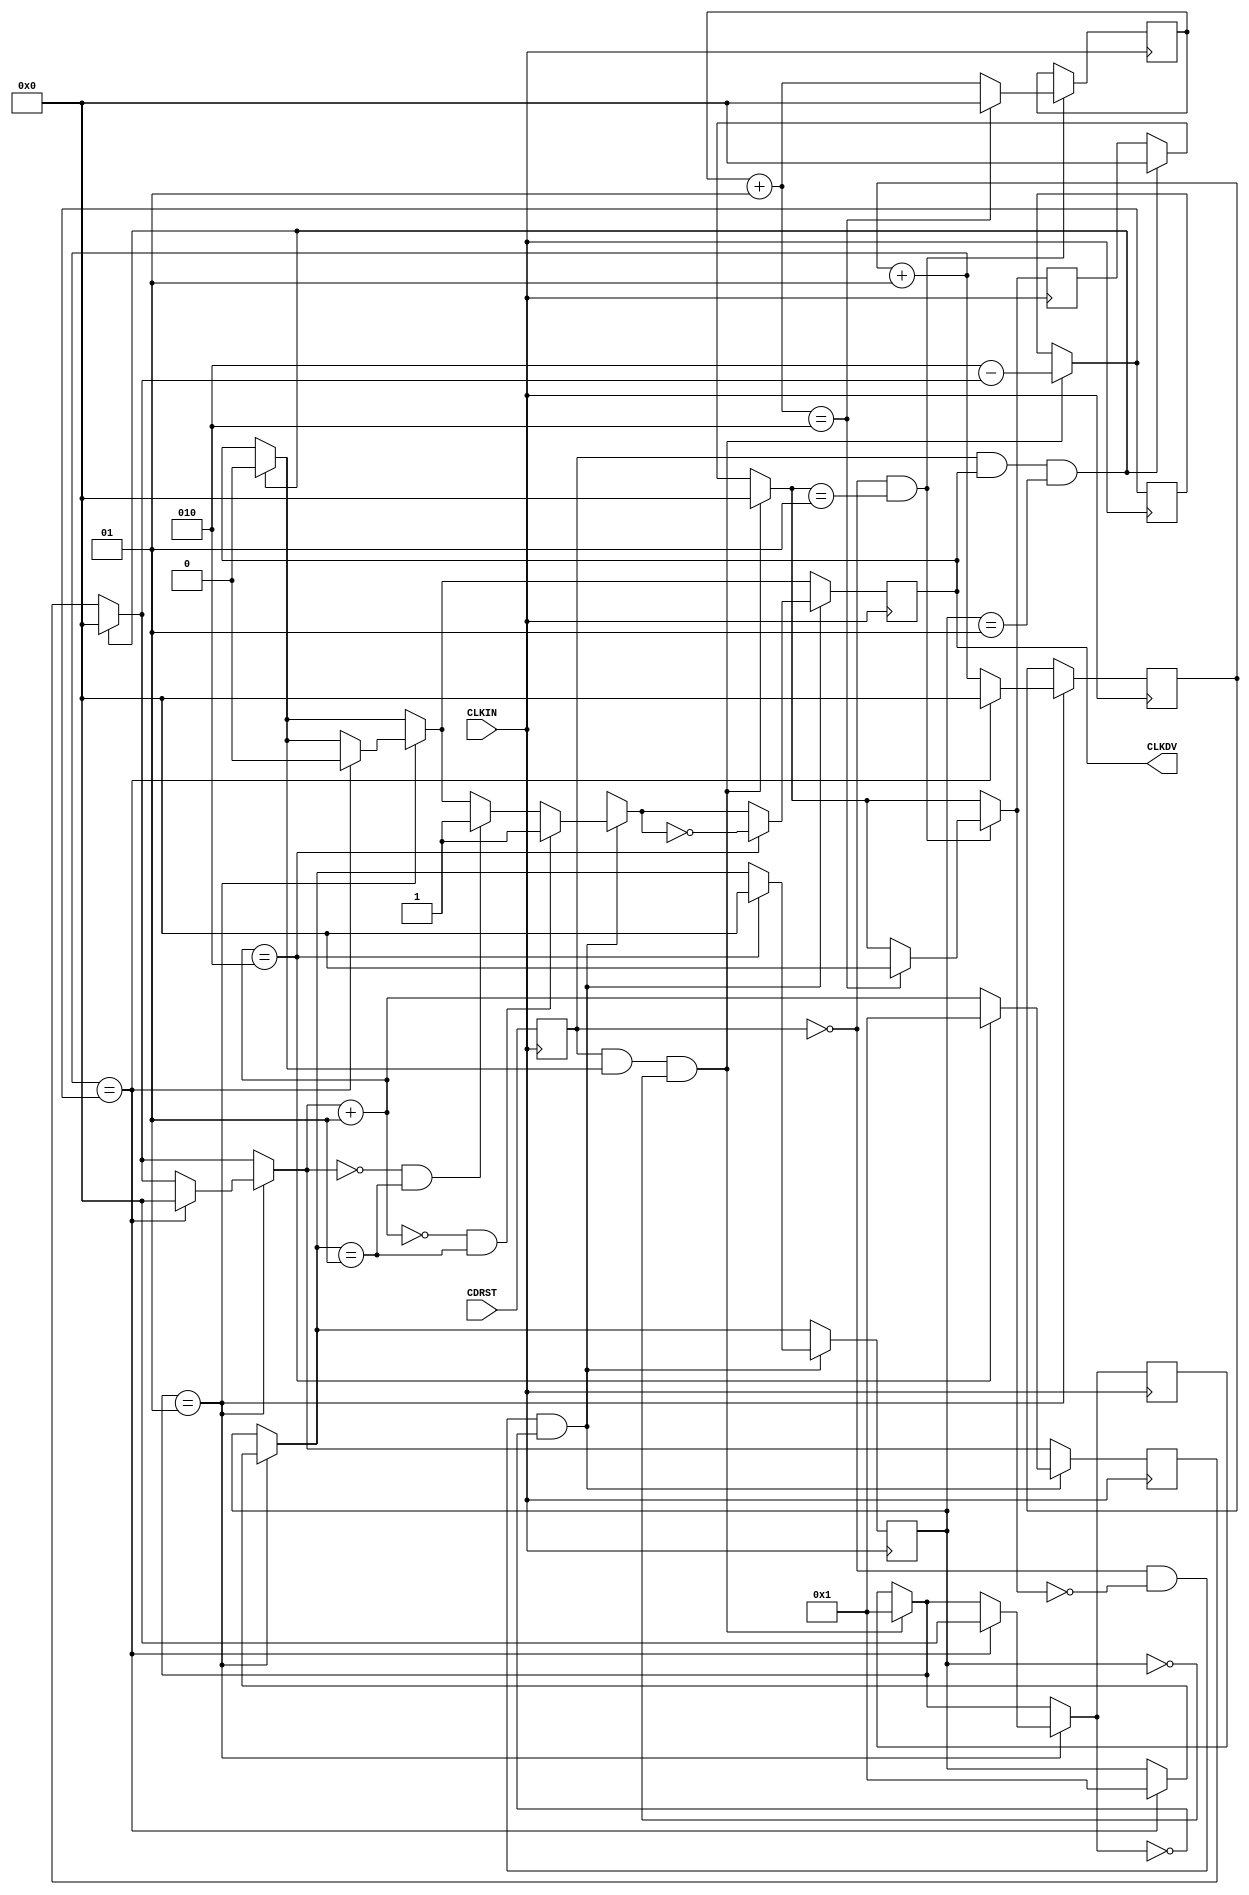
module X_CLK_DIV (CLKDV,CDRST,CLKIN);

parameter DIVIDE_BY = 2;
parameter DIVIDER_DELAY = 0;

input CDRST,CLKIN;
output CLKDV;
integer CLOCK_DIVIDER;
integer RESET_WAIT_COUNT;
integer START_WAIT_COUNT;
integer DELAY_RESET;
integer DELAY_START;
integer STARTUP;
integer NO_BITS_REMAINING;
reg CLKDV;
reg CDRST_i;
reg notifier;

initial begin
 CLOCK_DIVIDER = 0;
 RESET_WAIT_COUNT = 0;
 START_WAIT_COUNT = 0;
 DELAY_RESET = 0;
 NO_BITS_REMAINING = 0;
 DELAY_START = DIVIDER_DELAY;
 CLKDV = 1'b0;
 STARTUP = 1;
end

always @(negedge CLKIN)
begin
CDRST_i = CDRST;
end

always @(posedge CLKIN)
begin

if (CDRST_i && (CLKDV == 1'b1) && (STARTUP == 1))
begin
CLKDV = 1'b0;
CLOCK_DIVIDER = 0;
DELAY_START = DIVIDER_DELAY;
end
 
if (CDRST_i && (CLKDV == 1'b1) && (STARTUP == 0))
 begin
	NO_BITS_REMAINING = ((DIVIDE_BY/2 + 1) - CLOCK_DIVIDER);
	DELAY_RESET = 1 ;
	DELAY_START = DIVIDER_DELAY ;
 end

if (DELAY_RESET == 1)		
	begin
	RESET_WAIT_COUNT = RESET_WAIT_COUNT + 1;
		 if (RESET_WAIT_COUNT == NO_BITS_REMAINING)
 		 begin
			CLKDV = 1'b0;
			DELAY_RESET = 0;
			RESET_WAIT_COUNT = 0;
			STARTUP = 1;
			CLOCK_DIVIDER = 0;
		 end
	end


if (CDRST_i == 1'b0 && DELAY_START == 1) 
 begin
 START_WAIT_COUNT = START_WAIT_COUNT + 1;
	if (START_WAIT_COUNT == DIVIDE_BY)
	begin
	START_WAIT_COUNT = 0;
	DELAY_START  = 0;
	end
 end


if (CDRST_i == 1'b0 && DELAY_START == 0 && DELAY_RESET == 0) 
 begin
	if ((CLOCK_DIVIDER == 0) && (STARTUP == 1))
	begin
	CLKDV = 1'b1;
	end

 CLOCK_DIVIDER = CLOCK_DIVIDER + 1;
	if ((CLOCK_DIVIDER == 0) && (STARTUP == 1))
	begin
	CLKDV = 1'b1;
	end
	if (CLOCK_DIVIDER == (DIVIDE_BY/2 + 1)) 
	begin
	STARTUP = 0;
	CLOCK_DIVIDER = 1;
	CLKDV = ~CLKDV;
	end
 end

end


specify

	$width (posedge CLKIN, 0:0:0, 0, notifier);
	$width (negedge CLKIN, 0:0:0, 0, notifier);
	$width (posedge CDRST, 0:0:0, 0, notifier);
	$period (posedge CLKIN, 0:0:0, notifier);
	specparam PATHPULSE$ = 0;

endspecify


endmodule